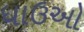
ધાઉઓ